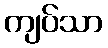
ကျပ်သာ